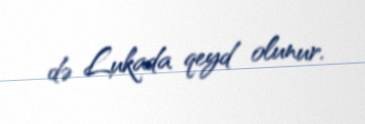
də Lukada qeyd olunur.